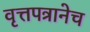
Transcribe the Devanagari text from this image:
वृत्तपत्रानेच